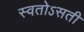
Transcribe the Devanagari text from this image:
स्वतोऽसती